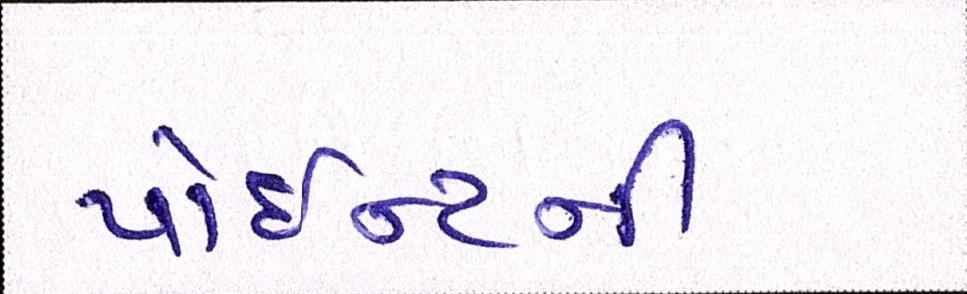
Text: પોઈન્ટની